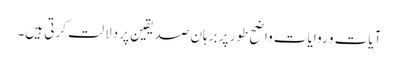
آیات و روایات واضح طور پر برہان صدیقین پر دلالت کرتی ہیں۔